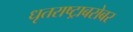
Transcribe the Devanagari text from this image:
धृतराष्ट्राबरोबर